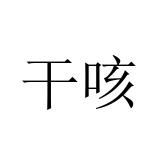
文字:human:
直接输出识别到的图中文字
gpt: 干咳